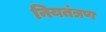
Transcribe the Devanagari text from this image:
नियतंत्रण